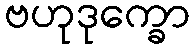
ဗဟုဒုက္ခော